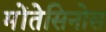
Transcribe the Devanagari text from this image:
मोंतेसिनोस